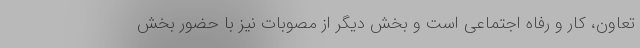
تعاون، کار و رفاه اجتماعی است و بخش دیگر از مصوبات نیز با حضور بخش